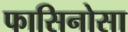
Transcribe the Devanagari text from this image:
फासिनोसा